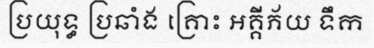
ប្រយុទ្ធ ប្រឆាំង គ្រោះ អគ្គីភ័យ ទឹក